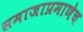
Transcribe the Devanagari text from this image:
समाजाप्रमाणेच